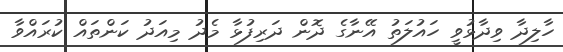
ހާލިދާ ވިދާޅުވީ ހައުލަތު އޭނާގެ ދޮން ދަރިފުޅާ މެދު މިއަދު ކަންތައް ކުރައްވާ